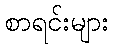
စာရင်းများ